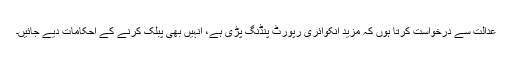
عدالت سے درخواست کرتا ہوں کہ مزید انکوائری رپورٹ پنڈنگ پڑی ہے، انہیں بھی پبلک کرنے کے احکامات دیے جائیں۔